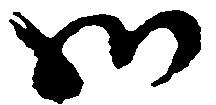
御